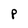
Character: p